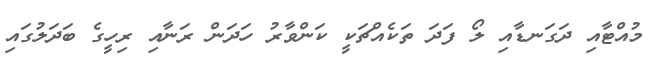
މުއްޓާއި ދަގަނޑާއި ލޯ ފަދަ ތަކެއްޗަކީ ކަންވާރު ހަދަން ރަނާއި ރިހީގެ ބަދަލުގައި